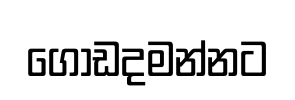
ගොඩදමන්නට